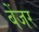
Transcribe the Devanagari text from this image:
बेंजर